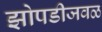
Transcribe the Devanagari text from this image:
झोपडीजवळ